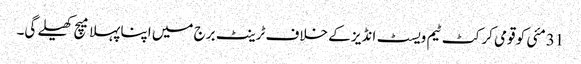
31مئی کو قومی کرکٹ ٹیم ویسٹ انڈیز کے خلاف ٹرینٹ برج میں اپنا پہلا میچ کھیلے گی۔